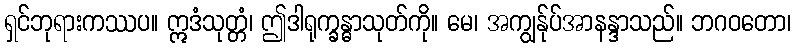
ရှင်ဘုရားကဿပ။ ဣဒံသုတ္တံ၊ ဤဒါရုက္ခန္ဓာသုတ်ကို။ မေ၊ အကျွန်ုပ်အာနန္ဒာသည်။ ဘဂဝတော၊